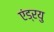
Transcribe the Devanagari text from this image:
एंड्रयु